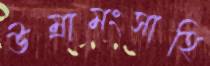
উম্রামংসাহি